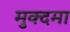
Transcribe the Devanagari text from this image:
मुक्दमा